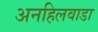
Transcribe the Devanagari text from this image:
अनहिलवाडा